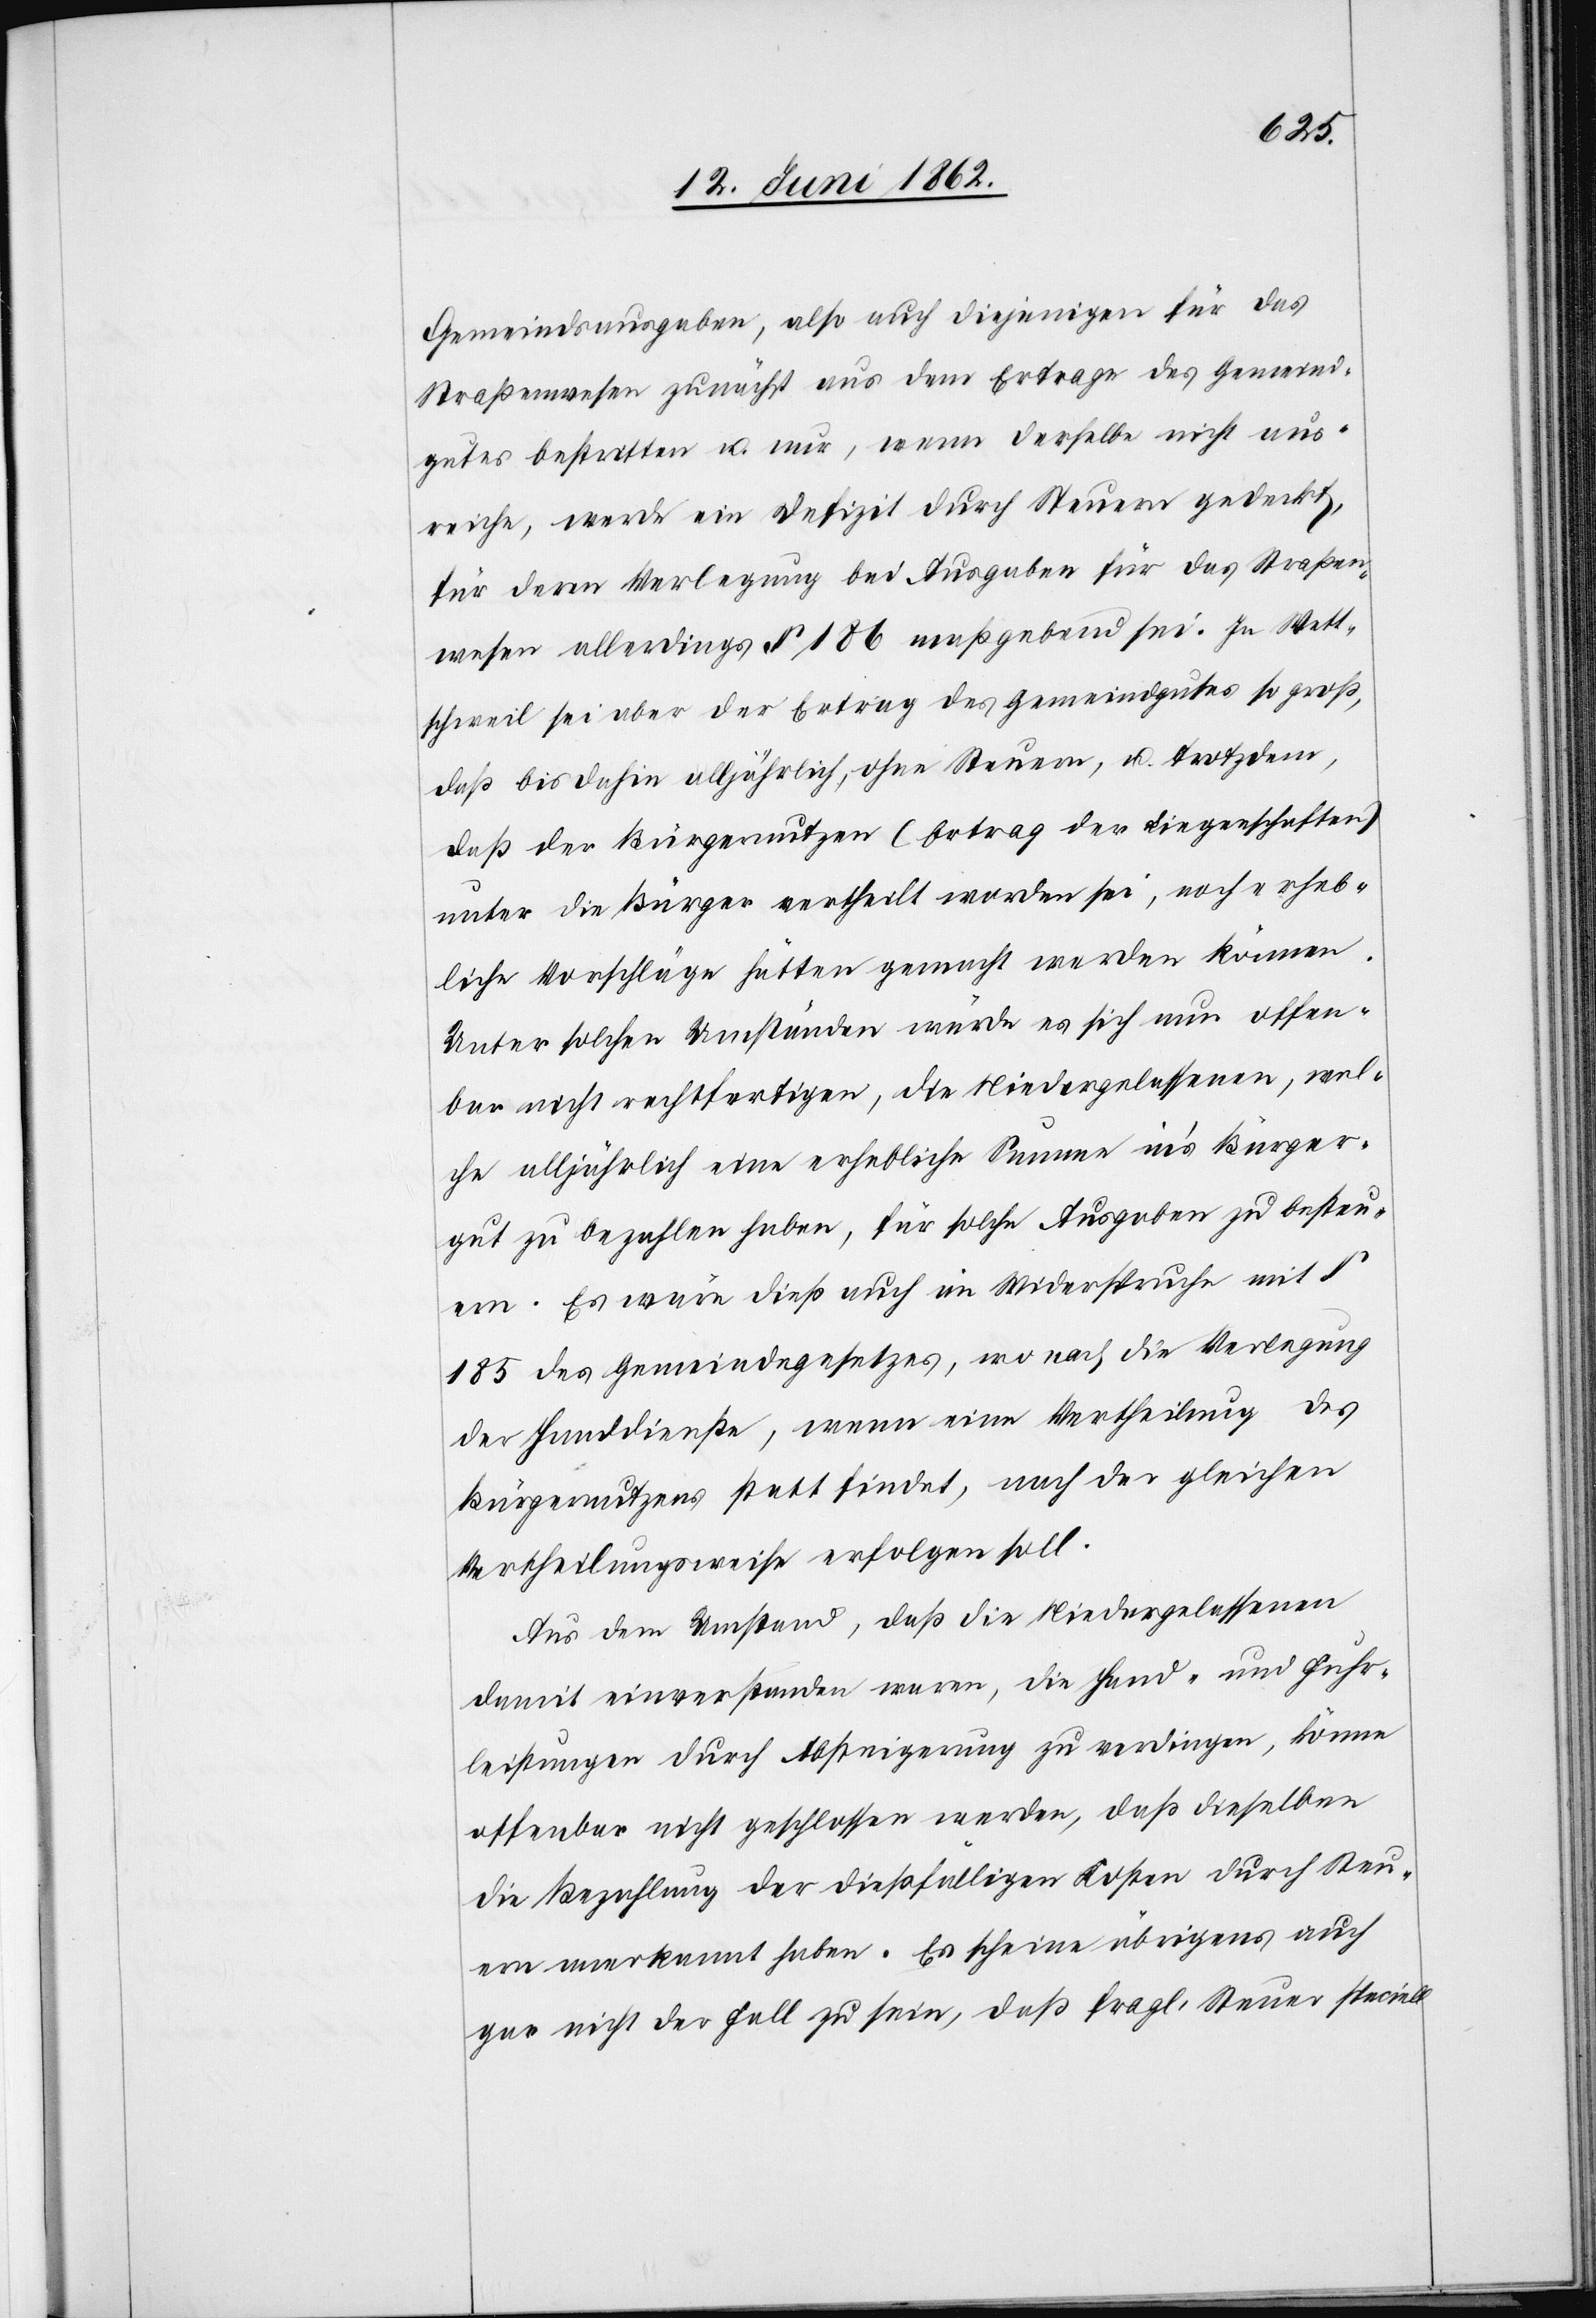
Gemeindsausgaben, also auch diejenigen für das
Straßenwesen zunächst aus dem Ertrage des Gemeind¬
gutes bestritten u. nur, wenn derselbe nicht aus¬
reiche, werde ein Defizit durch Steuern gedeckt,
für deren Verlegung bei Ausgaben für das Straßen¬
wesen allerdings § 186 maßgebend sei. In Wett¬
schweil sei aber der Ertrag des Gemeingutes so groß,
daß bis dahin alljährlich, ohne Steuern, u. trotzdem,
daß der Bürgernutzen (Ertrag der Liegenschaften)
unter die Bürger vertheilt worden sei, noch erheb¬
liche Vorschläge hätten gemacht werden können.
Unter solchen Umständen würde es sich nun offen¬
bar nicht rechtfertigen, die Niedergelassenen, wel¬
che alljährlich eine erhebliche Summe in’s Bürger¬
gut zu bezahlen haben, für solche Ausgaben zu besteu¬
ern. Es wäre dieß auch im Widerspruche mit §
185 des Gemeindegesetzes, wo nach die Verlegung
der Handdienste, wenn eine Vertheilung des
Bürgernutzens statt findet, nach der gleichen
Verheilungsweise erfolgen soll.
Aus dem Umstand, daß die Niedergelassenen
damit einverstanden waren, die Hand- und Fuhr¬
leistungen durch Absteigerung zu verdingen, könne
offenbar nicht geschlossen werden, daß dieselben
die Bezahlung der dießfälligen Kosten durch Steu¬
ern anerkannt haben. Es scheine übrigens auch
gar nicht der Fall zu sein, daß fragl. Steuer speciell